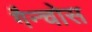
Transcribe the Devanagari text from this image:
गैन्चोस